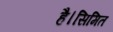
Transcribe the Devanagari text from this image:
है।सिमित